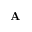
\mathbf A